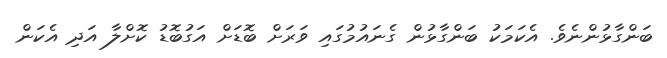
ބަންގާޅުންނެވެ. އެކަމަކު ބަންގާޅުން ގެނައުމުގައި ވަރަށް ބޮޑަށް އަގުބޮޑު ކޮށްލާ އަދި އެކަން